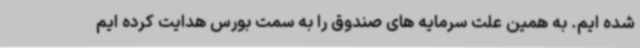
شده ایم. به همین علت سرمایه های صندوق را به سمت بورس هدایت کرده ایم